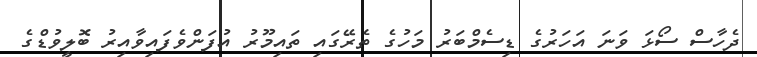
ދެހާސް ސޯޅަ ވަނަ އަހަރުގެ ޑިސެމްބަރު މަހުގެ ތެރޭގައި ތައިމޫރު އުފަންވެފައިވާއިރު ބޮލީވުޑްގެ